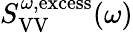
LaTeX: S_{\mathrm{VV}}^{\omega,\mathrm{excess}}(\omega)